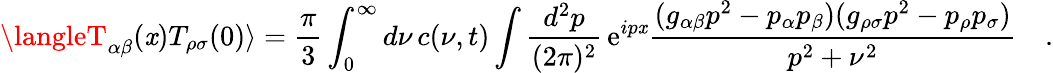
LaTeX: \langleT_{\alpha\beta}(\mathit{x})T_{\rho\sigma}(0)\rangle={\frac{{\pi}}{{3}}}\int_{0}^{\infty}d\nu\, c(\nu,t)\int{\frac{{d^{2}p}}{{(2\pi)^{2}}}}\, \mathrm{{e}}^{ip\mathit{x}}{\frac{{(g_{\alpha\beta}p^{2}-p_{\alpha}p_{\beta})(g_{\rho\sigma}p^{2}-p_{\rho}p_{\sigma})}}{{p^{2}+\nu^{2}}}}\quad.